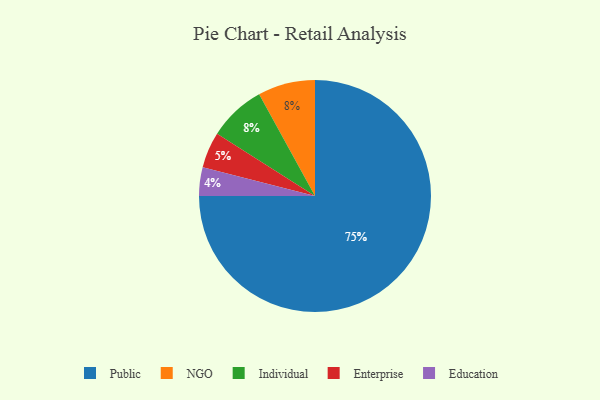
{"axis": {"x": "Category", "y": "Percentage"}, "legend": ["Education", "Enterprise", "Individual", "NGO", "Public"], "data": [{"x": "NGO", "y": 8, "type": "NGO"}, {"x": "Enterprise", "y": 5, "type": "Enterprise"}, {"x": "Public", "y": 75, "type": "Public"}, {"x": "Individual", "y": 8, "type": "Individual"}, {"x": "Education", "y": 4, "type": "Education"}]}